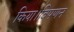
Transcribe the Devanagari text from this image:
किया।विपणन